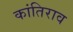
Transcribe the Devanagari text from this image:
कांतिराव